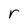
Character: r